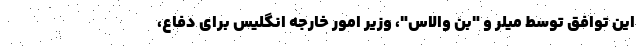
این توافق توسط میلر و "بن والاس"، وزیر امور خارجه انگلیس برای دفاع،